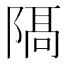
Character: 𨻛